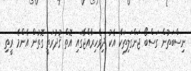
ނިސްބަތުން ގަސްބޯ ޖަންގަލިތަކާ އެކު ދިވެހިރާއްޖޭގައި އޮތް ޤުދުރަތީ ގޮތުން އެންމެ ރީތި